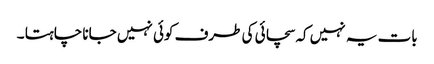
بات یہ نہیں کہ سچائی کی طرف کوئی نہیں جانا چاہتا ۔